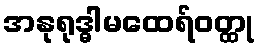
အနုရုဒ္ဓါမထေရ်ဝတ္ထု